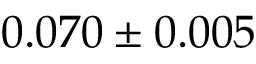
0 . 0 7 0 \pm 0 . 0 0 5